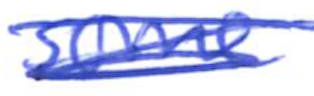
Text: some
Cross-out: scratch
Writing tool: ballpoint